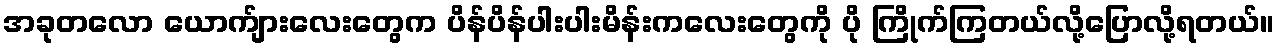
အခုတလော ယောက်ျားလေးတွေက ပိန်ပိန်ပါးပါးမိန်းကလေးတွေကို ပို ကြိုက်ကြတယ်လို့ပြောလို့ရတယ်။